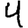
Digit: 4